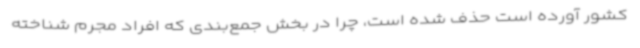
کشور آورده است حذف شده است، چرا در بخش جمع‌بندی که افراد مجرم شناخته